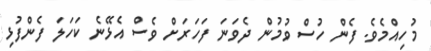
މުހިއްމެވެ. ފެން ހުސް ވުމުން ދެވަނަ ފަހަރަށް ވެސް އެޅޭނެ ކަހަލަ ފެންފުޅި